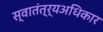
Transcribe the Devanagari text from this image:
स्वातंत्र्यअधिकार